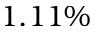
1 . 1 1 \%